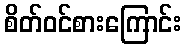
စိတ်ဝင်စားကြောင်း